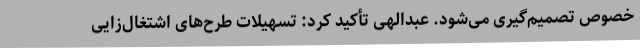
خصوص تصمیم‌گیری می‌شود. عبدالهی تأکید کرد: تسهیلات طرح‌های اشتغال‌زایی